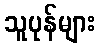
သူပုန်များ